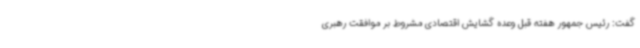
گفت: رئیس جمهور هفته قبل وعده گشایش اقتصادی مشروط بر موافقت رهبری